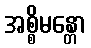
အစ္စိမန္တော